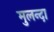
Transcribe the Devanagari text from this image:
मुलन्दा